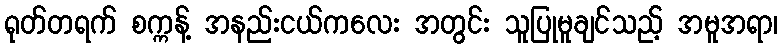
ရုတ်တရက် စက္ကန့် အနည်းငယ်ကလေး အတွင်း သူပြုမူချင်သည့် အမူအရာ၊